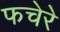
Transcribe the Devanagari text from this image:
फचेरे